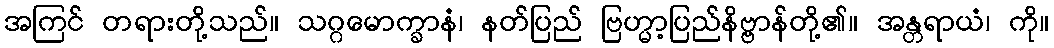
အကြင် တရားတို့သည်။ သဂ္ဂမောက္ခာနံ၊ နတ်ပြည် ဗြဟ္မာ့ပြည်နိဗ္ဗာန်တို့၏။ အန္တရာယံ၊ ကို။